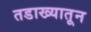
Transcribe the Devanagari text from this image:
तडाख्यातून